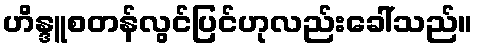
ဟိန္ဒူစတန်လွင်ပြင်ဟုလည်းခေါ်သည်။